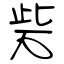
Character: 砦